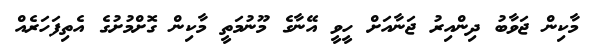
މާކިން ޖަވާބު ދިންއިރު ޖަނާއަށް ހީވީ އޭނާގެ މޫނުމަތީ މާކިން ގޮށްމުށުގެ އެތިފަހަރެއް